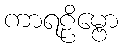
ကာရဠိမ္ဗော